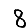
Digit: 8